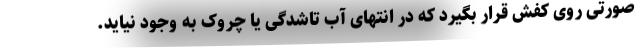
صورتی روی کفش قرار بگیرد که در انتهای آب تاشدگی یا چروک به وجود نیاید.